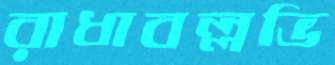
রাধাবল্লভি